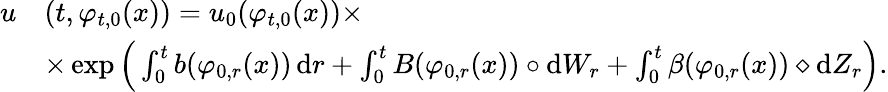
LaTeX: \begin{array}{rl}{u}&{(t,\varphi_{t,0}(x))=u_{0}(\varphi_{t,0}(x))\times}\\ &{\times\exp\Big(\int_{0}^{t}b(\varphi_{0,r}(x))\, \mathrm{d}r+\int_{0}^{t}B(\varphi_{0,r}(x))\circ\mathrm{d}W_{r}+\int_{0}^{t}\beta(\varphi_{0,r}(x))\diamond\mathrm{d}Z_{r}\Big).}\end{array}